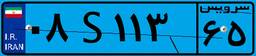
۰۸S۱۱۳۶۵